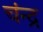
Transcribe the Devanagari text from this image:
चंन्द्र